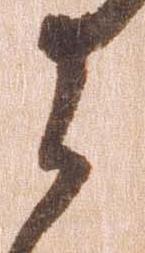
に